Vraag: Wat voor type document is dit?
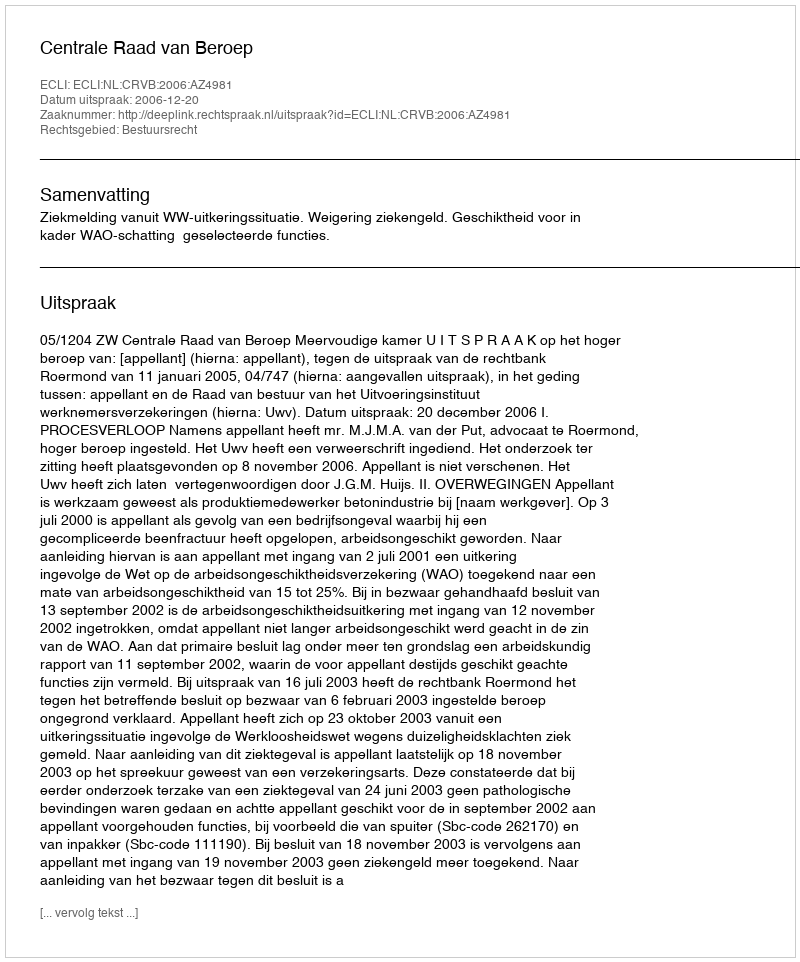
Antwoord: Uitspraak